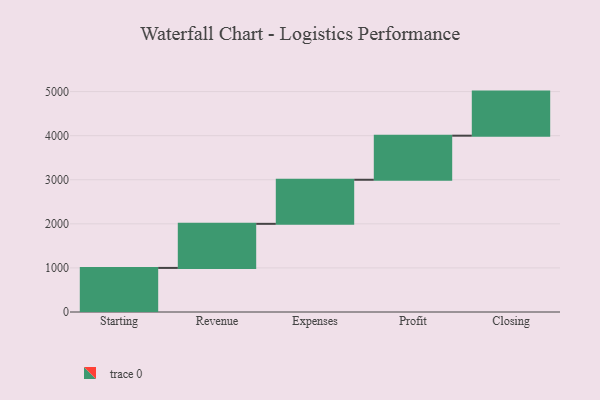
{"axis": {"x": "Step", "y": "Value"}, "legend": [""], "data": [{"x": "Starting", "y": 1000, "type": ""}, {"x": "Revenue", "y": 1000, "type": ""}, {"x": "Expenses", "y": 1000, "type": ""}, {"x": "Profit", "y": 1000, "type": ""}, {"x": "Closing", "y": 1000, "type": ""}]}